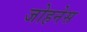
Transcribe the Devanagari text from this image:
जोहनेस